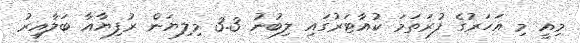
މިއީ މި އަހަރުގެ ފުރަތަމަ ކުއާޓަރުގައި ލިބުނު 3.3 މިލިޔަން ރުފިޔާއާ ބަލާއިރު